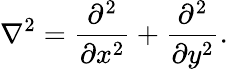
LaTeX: \nabla^{2}=\frac{\partial^{2}}{\partial x^{2}}+\frac{\partial^{2}}{\partial y^{2}}.